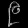
Digit: ၉